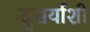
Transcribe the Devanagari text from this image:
दुसर्याशी